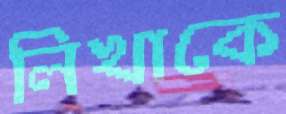
লিখাকে